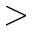
>